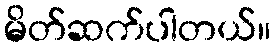
မိတ်ဆက်ပါတယ်။